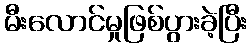
မီးလောင်မှုဖြစ်ပွားခဲ့ပြီး